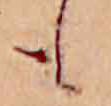
も